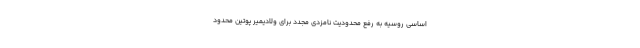
اساسی روسیه به رفع محدودیت نامزدی مجدد برای ولادیمیر پوتین محدود